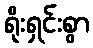
ရိုးရှင်းစွာ